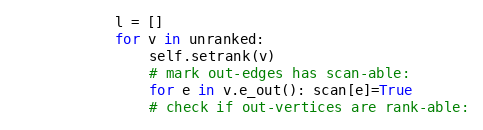
Language: Python
            l = []
            for v in unranked:
                self.setrank(v)
                # mark out-edges has scan-able:
                for e in v.e_out(): scan[e]=True
                # check if out-vertices are rank-able: